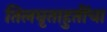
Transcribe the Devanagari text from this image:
तिलघृताहुतींचा